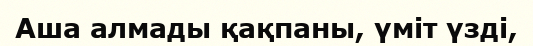
Аша алмады қақпаны, үміт үзді,